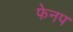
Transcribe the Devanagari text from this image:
फेनप